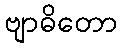
ဗျာဓိတော